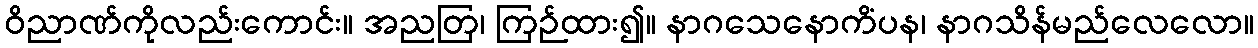
ဝိညာဏ်ကိုလည်းကောင်း။ အညတြ၊ ကြဉ်ထား၍။ နာဂသေနောကိံပန၊ နာဂသိန်မည်လေလော။